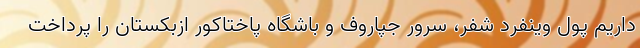
داریم پول وینفرد شفر، سرور جپاروف و باشگاه پاختاکور ازبکستان را پرداخت